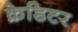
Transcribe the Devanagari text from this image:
क्रेडिटर